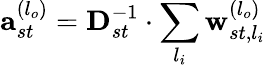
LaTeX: \mathbf{a}_{st}^{(l_{o})}=\mathbf{D}_{st}^{-1}\cdot\sum_{l_{i}}\mathbf{w}_{st,l_{i}}^{(l_{o})}